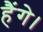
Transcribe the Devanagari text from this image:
हैंगे।